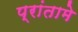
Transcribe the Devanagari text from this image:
प्रांतामे